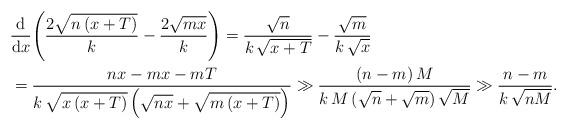
LaTeX: \begin{align*}&\frac{\mathrm d}{\mathrm dx}\!\left(\frac{2\sqrt{n\left(x+T\right)}}k-\frac{2\sqrt{mx}}k\right)=\frac{\sqrt n}{k\,\sqrt{x+T}}-\frac{\sqrt m}{k\,\sqrt x}\\&=\frac{nx-mx-mT}{k\,\sqrt{x\left(x+T\right)}\left(\sqrt{nx}+\sqrt{m\left(x+T\right)}\right)}\gg\frac{\left(n-m\right)M}{k\,M\left(\sqrt n+\sqrt m\right)\sqrt M}\gg\frac{n-m}{k\,\sqrt{nM}}.\end{align*}